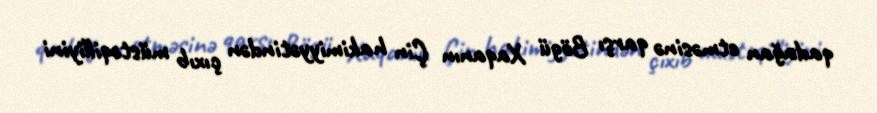
qadağan etməsinə qarşı Bögü Xaqanın Çin hakimiyyətindən çıxıb müstəqilliyini